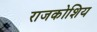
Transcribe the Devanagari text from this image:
राजकोशिय